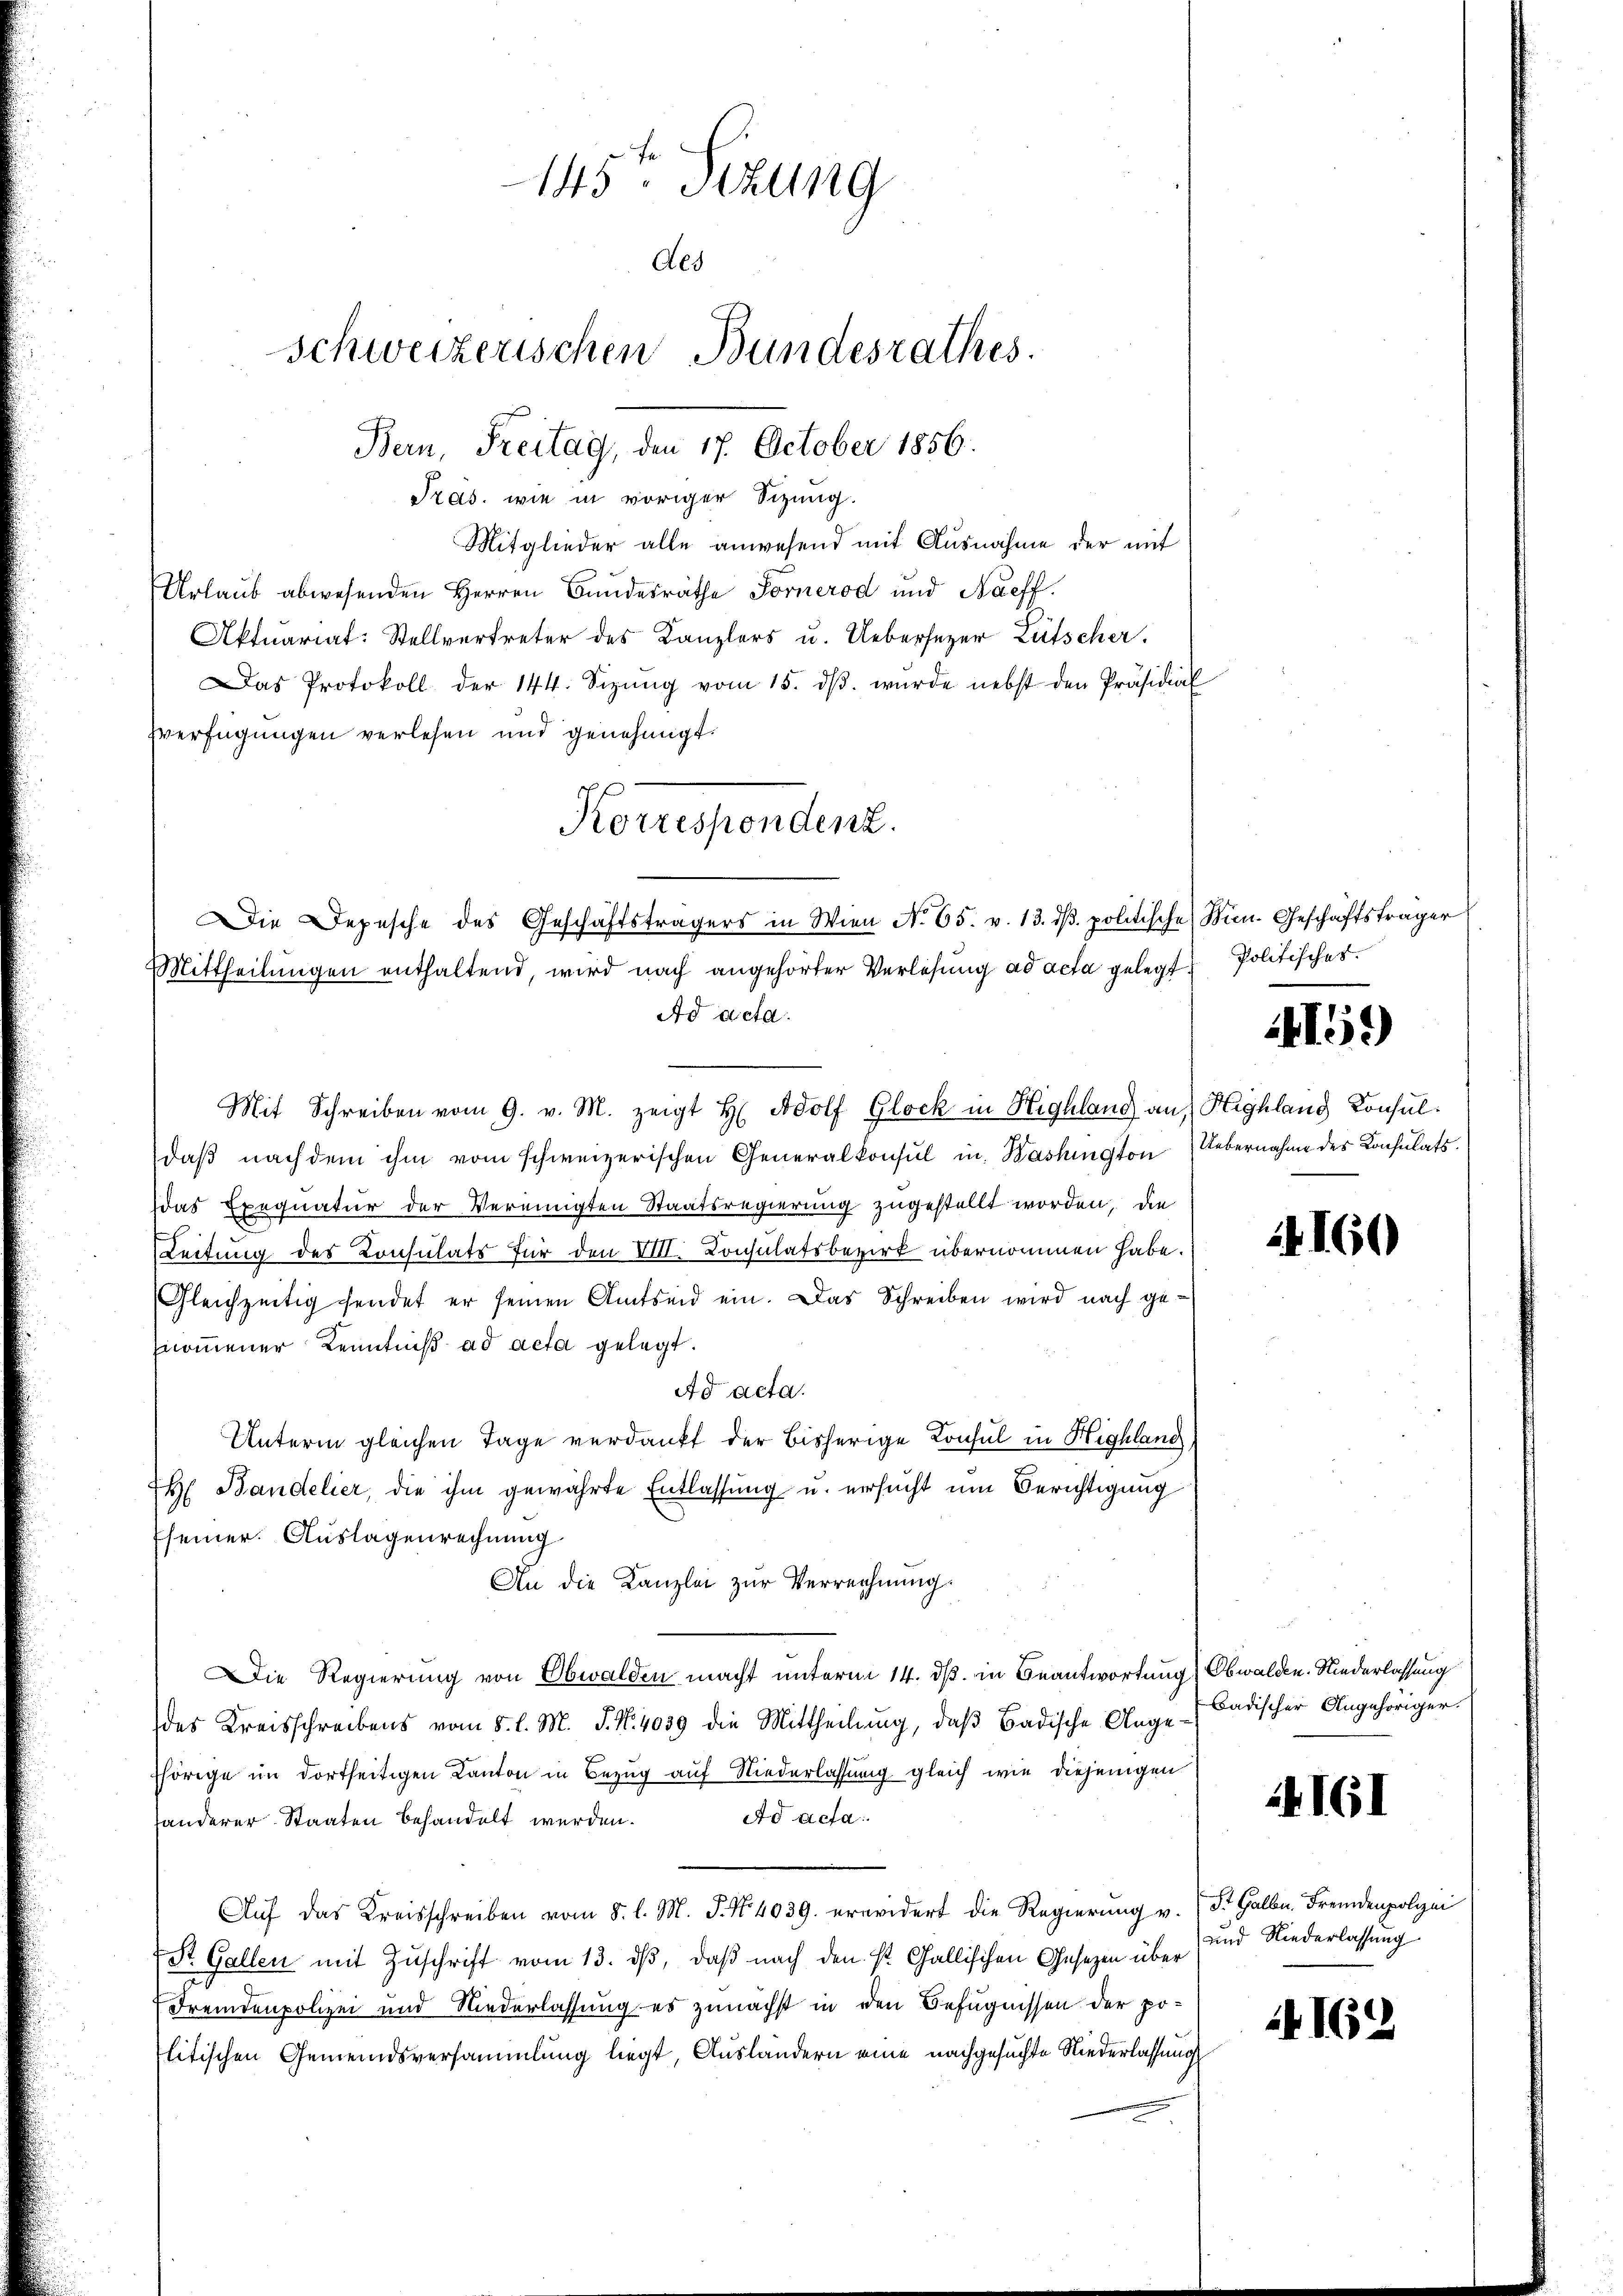
Tras, wie in voriger Sizung.
Mitglieder alle anwesend mit Ausnahme der mit
Urlaub abwesenden Herren Bundesräthe Fornerod und Naeff.
Aktuariat: Stellvertreter des Kanzlers u. Uebersezer Lütscher.
Das Protokoll der 144. Sizŭng vom 15. dβ. wŭrde nebst den Präsidial
Verfügungen verlesen und genehmigt.
Korrespendent.

145ten Sizung
Als
schweizerischen Bundesrathes.
Bern, Freitag, den 17. October 1856.

Die Depesche des Geschäftsträgers in Wien No. 65. v. 13. dβ. politische Bien-Geschäftsträger
Mittheilungen enthaltend, wird nach angehörter Verlesung ad acta gelegt
Ad acta.
Mit Schreiben vom 9. v. M. zeigt H. Adolf Glock in Highland an Highland Konsul¬

daß nach dem ihm vom schweizerischen Generalkonsul in Washington Uebernahme des Konsulats.
das Exequatur der Vereinigten Staatsregierung zugestellt worden, die
Leitung des Consulats für den VIII. Consulatsbezirk übernommen habe.
Gleichzeitig sendet er seinen Amtsend ein. Das Schreiben wird nach ge-
nommener Kenntniß ad acta gelegt.
Ad acta.
Unterm gleichen Tage verdankt der bisherige Konsul in Highlang
H Bandelier, die ihm gewährte Entlassung u. versucht um Berichtigung
Eseiner. Auslagenrechnung
An die Kanzlei zur Verrechnung.
Die Regierung von Obwalden macht unterm 14. dß. in Beantwortung) Obwalden. Niederlassung
des Kreisschreibens vom 5. l. M. J. N. 4039 die Mittheilŭng, daβ Badische Ange-Badischer Angehöriger
thörige im dortseitigen Kanton in Bezug auf Niederlassung gleich wie diejenigen
Ad acta
sänderer Staaten behandelt werden.
Aŭf das Kreisschreiben vom 8. l. M. P. Nr. 4039. erwidert die Regierung v. St. Galbn. Fremdenpolizei
St. Gallen mit Zuschrift vom 13. ds, daß nach den St. Gallischen Gesetzen über
Fremdenpolizei und Niederlassung es zunächst in den Befugnissen der politischen Gemeindsversammlung liegt, Ausländern eine nachgesuchte Niederlassung

Politisches.

4159)

4160

24161

und Niederlassung

1162